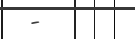
-